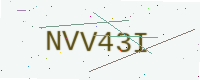
Text: NVV43I